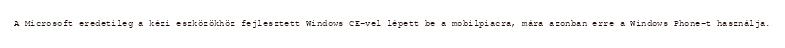
A Microsoft eredetileg a kézi eszközökhöz fejlesztett Windows CE-vel lépett be a mobilpiacra, mára azonban erre a Windows Phone-t használja.